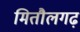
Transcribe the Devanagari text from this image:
मितौलगढ़